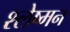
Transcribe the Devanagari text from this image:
श्‍लेष्‍मन